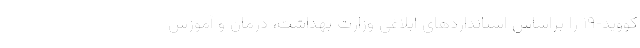
کووید-۱۹ را براساس استانداردهای ابلاغی وزارت بهداشت، درمان و آموزش